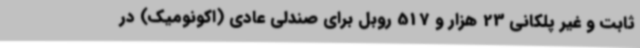
ثابت و غیر پلکانی 23 هزار و 517 روبل برای صندلی عادی (اکونومیک) در